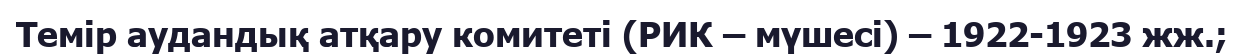
Темір аудандық атқару комитеті (РИК – мүшесі) – 1922-1923 жж.;